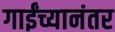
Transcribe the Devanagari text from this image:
गाईंच्यानंतर